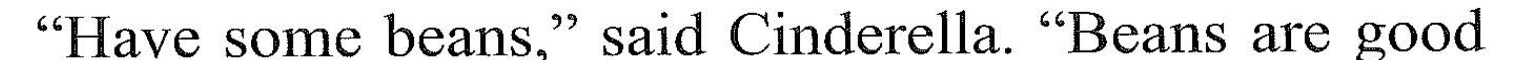
"Have some heams," suid Cinderella. "Beans arc good